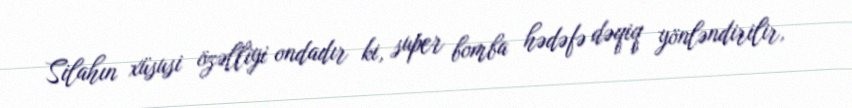
Silahın xüsusi özəlliyi ondadır ki, super bomba hədəfə dəqiq yönləndirilir,